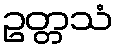
ဥတ္တသံ